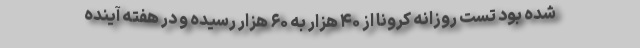
شده بود تست روزانه کرونا از ۴۰ هزار به ۶۰ هزار رسیده و در هفته آینده